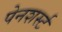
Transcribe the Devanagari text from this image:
पेनशर्स्ट